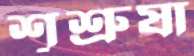
শূশ্রুষা